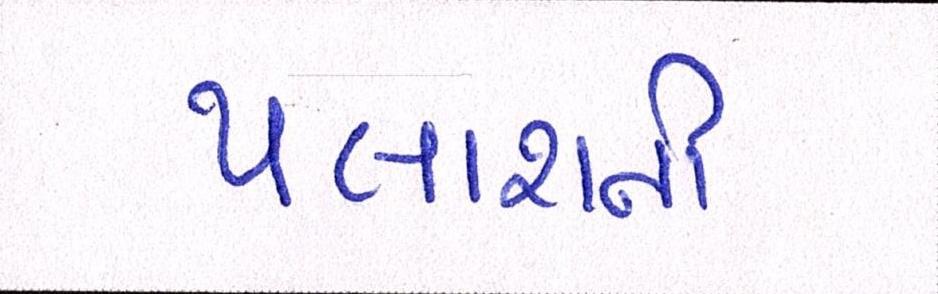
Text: પલાશની